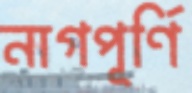
নাগপূর্ণি